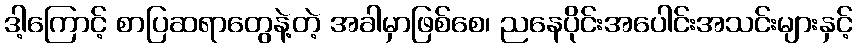
ဒါ့ကြောင့် စာပြဆရာတွေနဲ့တဲ့ အခါမှာဖြစ်စေ၊ ညနေပိုင်းအပေါင်းအသင်းများနှင့်